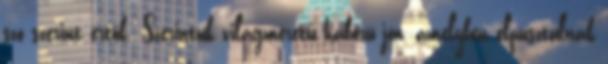
szó szerint értők. Szerintük világméretű háború jön, amelyben elpusztulnak